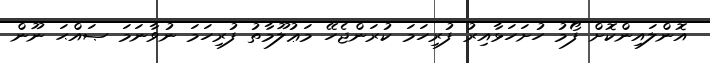
އޮންލައިންކޮށް ފޯމު ހުށަހަޅާއިރު ފުރިހަމަ ކުރަންޖެހޭ މަޢުލޫމާތު ފުރިހަމަ ނުވާނަމަ ޞައްޙަ ނޫން